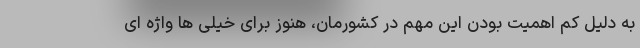
به دلیل کم اهمیت بودن این مهم در کشورمان، هنوز برای خیلی ها واژه ای